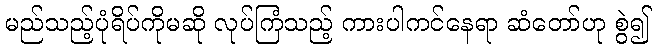
မည်သည့်ပုံရိပ်ကိုမဆို လုပ်ကြံသည့် ကားပါကင်နေရာ ဆံတော်ဟု စွဲ၍